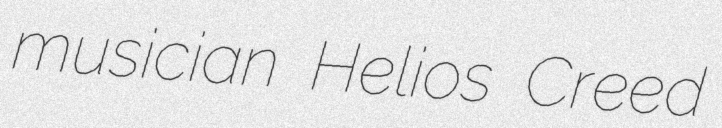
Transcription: musician Helios Creed